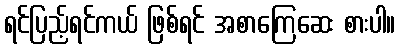
ရင်ပြည့်ရင်ကယ် ဖြစ်ရင် အစာကြေဆေး စားပါ။